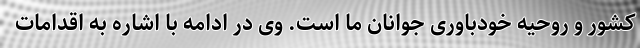
کشور و روحیه خودباوری جوانان ما است. وی در ادامه با اشاره به اقدامات